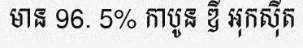
មាន 96. 5% កាបូន ឌី អុកស៊ីត